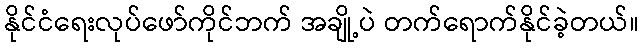
နိုင်ငံရေးလုပ်ဖော်ကိုင်ဘက် အချို့ပဲ တက်ရောက်နိုင်ခဲ့တယ်။